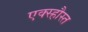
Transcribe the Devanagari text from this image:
एक्स्हौस्त